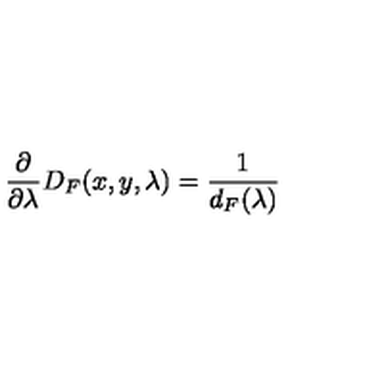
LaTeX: \frac { \partial } { \partial \lambda } D _ { F } ( x , y , \lambda ) = \frac { 1 } { d _ { F } ( \lambda ) }